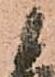
に